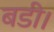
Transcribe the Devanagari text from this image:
बडी।